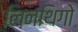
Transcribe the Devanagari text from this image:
लिनथिगो